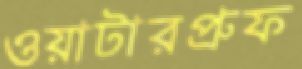
ওয়াটারপ্রুফ